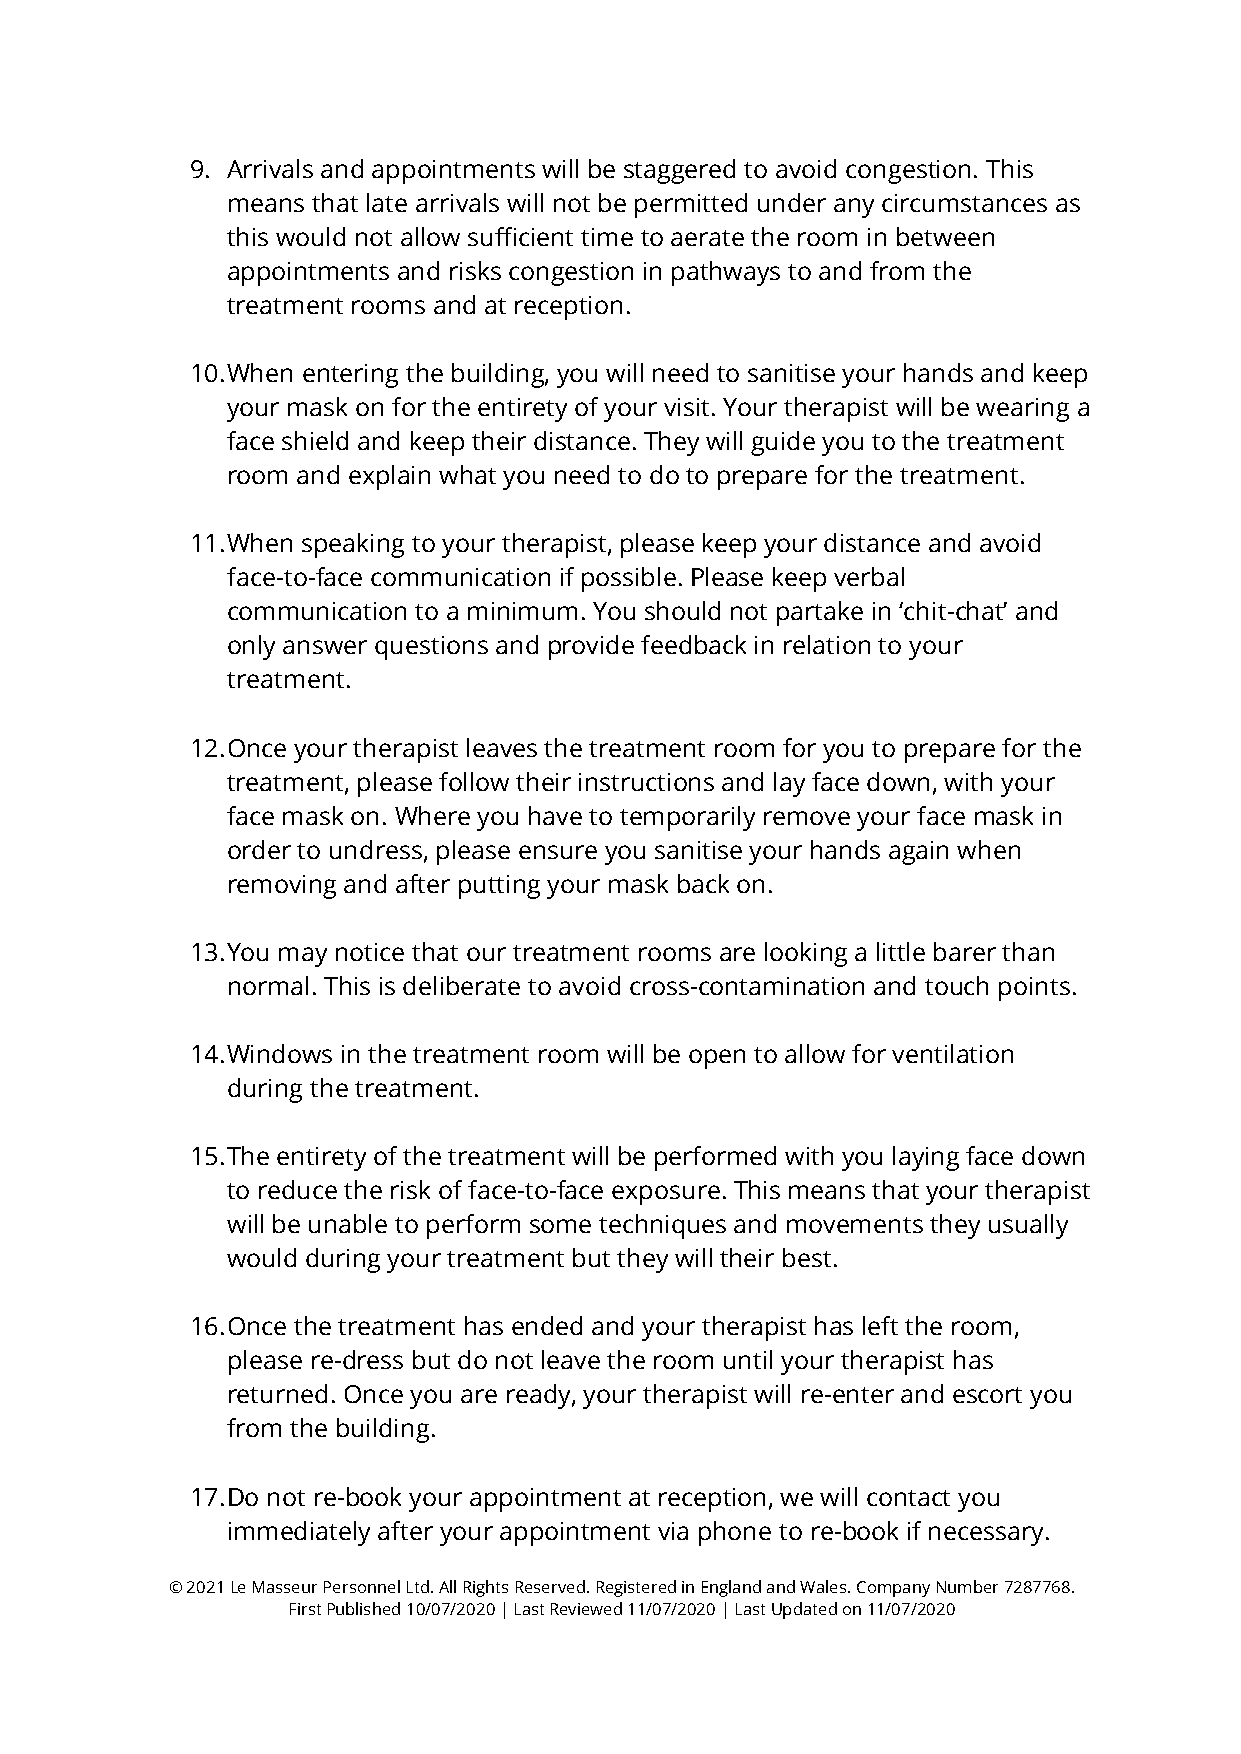
9. Arrivals and appointments will be staggered to avoid congestion. This
 means that late arrivals will not be permitted under any circumstances as
 this would not allow sufficient time to aerate the room in between
 appointments and risks congestion in pathways to and from the
 treatment rooms and at reception.
 10. When entering the building, you will need to sanitise your hands and keep
 your mask on for the entirety of your visit. Your therapist will be wearing a
 face shield and keep their distance. They will guide you to the treatment
 room and explain what you need to do to prepare for the treatment.
 11. When speaking to your therapist, please keep your distance and avoid
 face-to-face communication if possible. Please keep verbal
 communication to a minimum. You should not partake in ‘chit-chat’ and
 only answer questions and provide feedback in relation to your
 treatment.
 12. Once your therapist leaves the treatment room for you to prepare for the
 treatment, please follow their instructions and lay face down, with your
 face mask on. Where you have to temporarily remove your face mask in
 order to undress, please ensure you sanitise your hands again when
 removing and after putting your mask back on.
 13. You may notice that our treatment rooms are looking a little barer than
 normal. This is deliberate to avoid cross-contamination and touch points.
 14. Windows in the treatment room will be open to allow for ventilation
 during the treatment.
 15. The entirety of the treatment will be performed with you laying face down
 to reduce the risk of face-to-face exposure. This means that your therapist
 will be unable to perform some techniques and movements they usually
 would during your treatment but they will their best.
 16. Once the treatment has ended and your therapist has left the room,
 please re-dress but do not leave the room until your therapist has
 returned. Once you are ready, your therapist will re-enter and escort you
 from the building.
 17. Do not re-book your appointment at reception, we will contact you
 immediately after your appointment via phone to re-book if necessary.
 © 2021 Le Masseur Personnel Ltd. All Rights Reserved. Registered in England and Wales. Company Number 7287768.
 First Published 10/07/2020 | Last Reviewed 11/07/2020 | Last Updated on 11/07/2020